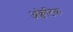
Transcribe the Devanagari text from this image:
अक्वेटिक